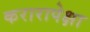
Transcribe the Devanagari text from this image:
करारापेक्षा